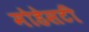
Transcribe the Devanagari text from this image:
मोडेसटी